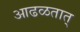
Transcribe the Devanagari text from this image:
आढळतात्